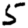
Digit: 5